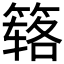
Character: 𰪏